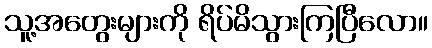
သူ့အတွေးများကို ရိပ်မိသွားကြပြီလော။